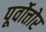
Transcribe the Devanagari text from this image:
पूर्वोत्तोर